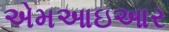
એમઆઇઆર